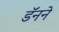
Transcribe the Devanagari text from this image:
डॅनने